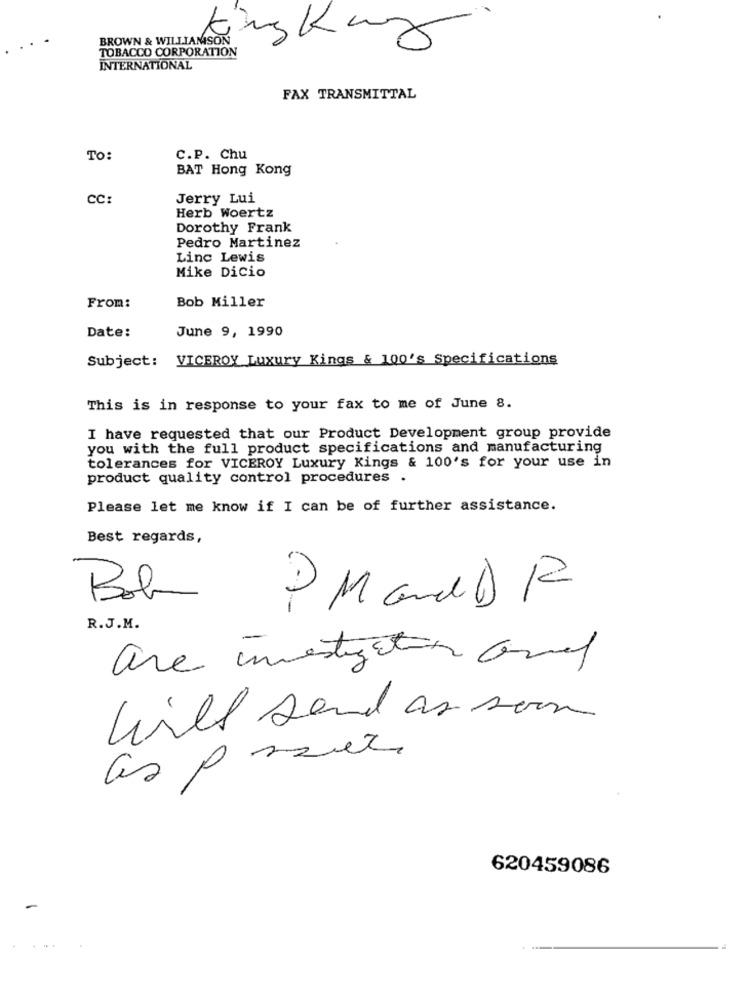
BROWN & WILLIAMSON
TOBACCO CORPORATION
INTERNATIONAL
FAX TRANSMITTAL
To:
C.P. Chu
BAT Hong Kong
CC
Jerry Lui
Herb Woertz
Dorothy Frank
Pedro Martinez
Linc Lewis
Mike Dicio
Bob Miller
From:
June 9, 1990
Date:
Subject: VICEROY Luxury Kings & 100's Specifications
This is in response to your fax to me of June 8.
I have requested that our Product Development group provide
you with the full product specifications and manufacturing
tolerances for VICEROY Luxury Kings & 100's for your use in
product quality control procedures .
Please let me know if I can be of further assistance.
Best regards,
Bob
PMand DR
R.J.M.
will send as soon
as prever
620459086